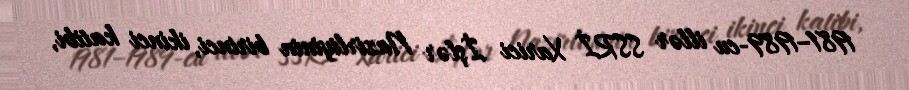
1981–1989-cu illər SSRİ Xarici İşlər Nazirliyinin birinci, ikinci katibi,